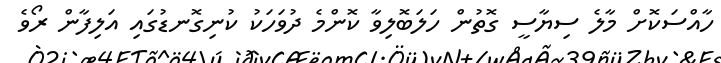
ހާއްސަކޮށް މާލެ ސިޔާސީ ގޮތުން ހަލަބޮލިވާ ކޮންމެ ދުވަހަކު ކުނިގޮނޑުގައި އަލިފާން ރޯވެ